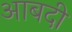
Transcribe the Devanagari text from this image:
आबदी